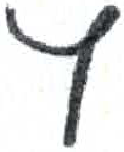
אות: ץ